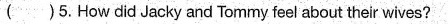
( )5.How cdid Jacky and Tommy feel about their wives?